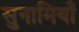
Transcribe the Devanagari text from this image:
सुनामियाँ